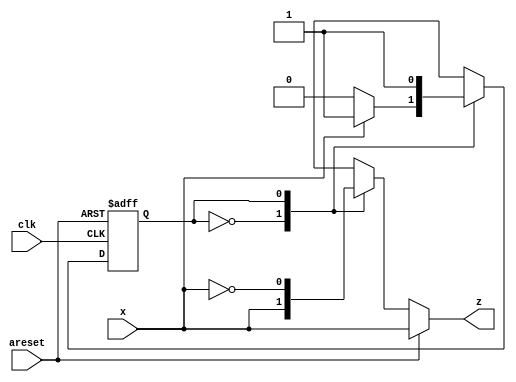
module top_module (
    input clk,
    input areset,
    input x,
    output z
); 
	parameter A = 1'b0,B = 1'b1;
    reg state,next;
    
    always@(*) begin
        case(state)
            A: next = x ? B : A;
            B: next = B;
        endcase
    end
    
    always@(posedge clk, posedge areset) begin
        if(areset)
            state <= A;
        else
            state <= next;
    end
    
    always@(*) begin
        if(areset)
            z <= x;
        else
            case(state)
                A: z = x;
                B: z = ~x;
            endcase
    end
endmodule